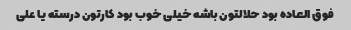
فوق العاده بود حلالتون باشه خیلی خوب بود کارتون درسته یا علی